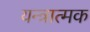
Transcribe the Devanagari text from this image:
यन्त्रात्मक